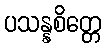
ပသန္နစိတ္တေ